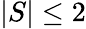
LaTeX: |S|\le 2